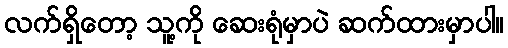
လက်ရှိတော့ သူ့ကို ဆေးရုံမှာပဲ ဆက်ထားမှာပါ။